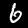
Label: 6